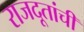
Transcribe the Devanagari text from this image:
राजदूतांची